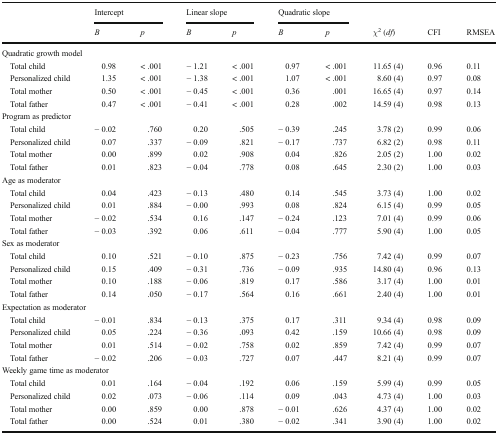
<table><thead><tr><td rowspan="2"></td><td colspan="2"><b>Intercept</b></td><td colspan="2"><b>Linear slope</b></td><td colspan="2"><b>Quadratic slope</b></td><td></td><td></td><td></td></tr><tr><td><b><i>B</i></b></td><td><b><i>p</i></b></td><td><b><i>B</i></b></td><td><b><i>p</i></b></td><td><b><i>B</i></b></td><td><b><i>p</i></b></td><td><b><i>χ</i><sup>2</sup> (<i>df</i>)</b></td><td><b>CFI</b></td><td><b>RMSEA</b></td></tr></thead><tbody><tr><td colspan="10">Quadratic growth model</td></tr><tr><td> Total child</td><td>0.98</td><td>&lt; .001</td><td>− 1.21</td><td>&lt; .001</td><td>0.97</td><td>&lt; .001</td><td>11.65 (4)</td><td>0.96</td><td>0.11</td></tr><tr><td> Personalized child</td><td>1.35</td><td>&lt; .001</td><td>− 1.38</td><td>&lt; .001</td><td>1.07</td><td>&lt; .001</td><td>8.60 (4)</td><td>0.97</td><td>0.08</td></tr><tr><td> Total mother</td><td>0.50</td><td>&lt; .001</td><td>− 0.45</td><td>&lt; .001</td><td>0.36</td><td>.001</td><td>16.65 (4)</td><td>0.97</td><td>0.14</td></tr><tr><td> Total father</td><td>0.47</td><td>&lt; .001</td><td>− 0.41</td><td>&lt; .001</td><td>0.28</td><td>.002</td><td>14.59 (4)</td><td>0.98</td><td>0.13</td></tr><tr><td colspan="10">Program as predictor</td></tr><tr><td> Total child</td><td>− 0.02</td><td>.760</td><td>0.20</td><td>.505</td><td>− 0.39</td><td>.245</td><td>3.78 (2)</td><td>0.99</td><td>0.06</td></tr><tr><td> Personalized child</td><td>0.07</td><td>.337</td><td>− 0.09</td><td>.821</td><td>− 0.17</td><td>.737</td><td>6.82 (2)</td><td>0.98</td><td>0.11</td></tr><tr><td> Total mother</td><td>0.00</td><td>.899</td><td>0.02</td><td>.908</td><td>0.04</td><td>.826</td><td>2.05 (2)</td><td>1.00</td><td>0.02</td></tr><tr><td> Total father</td><td>0.01</td><td>.823</td><td>− 0.04</td><td>.778</td><td>0.08</td><td>.645</td><td>2.30 (2)</td><td>1.00</td><td>0.03</td></tr><tr><td colspan="10">Age as moderator</td></tr><tr><td> Total child</td><td>0.04</td><td>.423</td><td>− 0.13</td><td>.480</td><td>0.14</td><td>.545</td><td>3.73 (4)</td><td>1.00</td><td>0.02</td></tr><tr><td> Personalized child</td><td>0.01</td><td>.884</td><td>− 0.00</td><td>.993</td><td>0.08</td><td>.824</td><td>6.15 (4)</td><td>0.99</td><td>0.05</td></tr><tr><td> Total mother</td><td>− 0.02</td><td>.534</td><td>0.16</td><td>.147</td><td>− 0.24</td><td>.123</td><td>7.01 (4)</td><td>0.99</td><td>0.06</td></tr><tr><td> Total father</td><td>− 0.03</td><td>.392</td><td>0.06</td><td>.611</td><td>− 0.04</td><td>.777</td><td>5.90 (4)</td><td>1.00</td><td>0.05</td></tr><tr><td colspan="10">Sex as moderator</td></tr><tr><td> Total child</td><td>0.10</td><td>.521</td><td>− 0.10</td><td>.875</td><td>− 0.23</td><td>.756</td><td>7.42 (4)</td><td>0.99</td><td>0.07</td></tr><tr><td> Personalized child</td><td>0.15</td><td>.409</td><td>− 0.31</td><td>.736</td><td>− 0.09</td><td>.935</td><td>14.80 (4)</td><td>0.96</td><td>0.13</td></tr><tr><td> Total mother</td><td>0.10</td><td>.188</td><td>− 0.06</td><td>.819</td><td>0.17</td><td>.586</td><td>3.17 (4)</td><td>1.00</td><td>0.01</td></tr><tr><td> Total father</td><td>0.14</td><td>.050</td><td>− 0.17</td><td>.564</td><td>0.16</td><td>.661</td><td>2.40 (4)</td><td>1.00</td><td>0.01</td></tr><tr><td colspan="10">Expectation as moderator</td></tr><tr><td> Total child</td><td>− 0.01</td><td>.834</td><td>− 0.13</td><td>.375</td><td>0.17</td><td>.311</td><td>9.34 (4)</td><td>0.98</td><td>0.09</td></tr><tr><td> Personalized child</td><td>0.05</td><td>.224</td><td>− 0.36</td><td>.093</td><td>0.42</td><td>.159</td><td>10.66 (4)</td><td>0.98</td><td>0.09</td></tr><tr><td> Total mother</td><td>0.01</td><td>.514</td><td>− 0.02</td><td>.758</td><td>0.02</td><td>.859</td><td>7.42 (4)</td><td>0.99</td><td>0.07</td></tr><tr><td> Total father</td><td>− 0.02</td><td>.206</td><td>− 0.03</td><td>.727</td><td>0.07</td><td>.447</td><td>8.21 (4)</td><td>0.99</td><td>0.07</td></tr><tr><td colspan="10">Weekly game time as moderator</td></tr><tr><td> Total child</td><td>0.01</td><td>.164</td><td>− 0.04</td><td>.192</td><td>0.06</td><td>.159</td><td>5.99 (4)</td><td>0.99</td><td>0.05</td></tr><tr><td> Personalized child</td><td>0.02</td><td>.073</td><td>− 0.06</td><td>.114</td><td>0.09</td><td>.043</td><td>4.73 (4)</td><td>1.00</td><td>0.03</td></tr><tr><td> Total mother</td><td>0.00</td><td>.859</td><td>0.00</td><td>.878</td><td>− 0.01</td><td>.626</td><td>4.37 (4)</td><td>1.00</td><td>0.02</td></tr><tr><td> Total father</td><td>0.00</td><td>.524</td><td>0.01</td><td>.380</td><td>− 0.02</td><td>.341</td><td>3.90 (4)</td><td>1.00</td><td>0.02</td></tr></tbody></table>